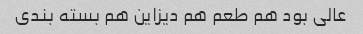
عالی بود هم طعم هم دیزاین هم بسته بندی